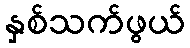
နှစ်သက်ဖွယ်